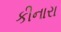
કીનારા